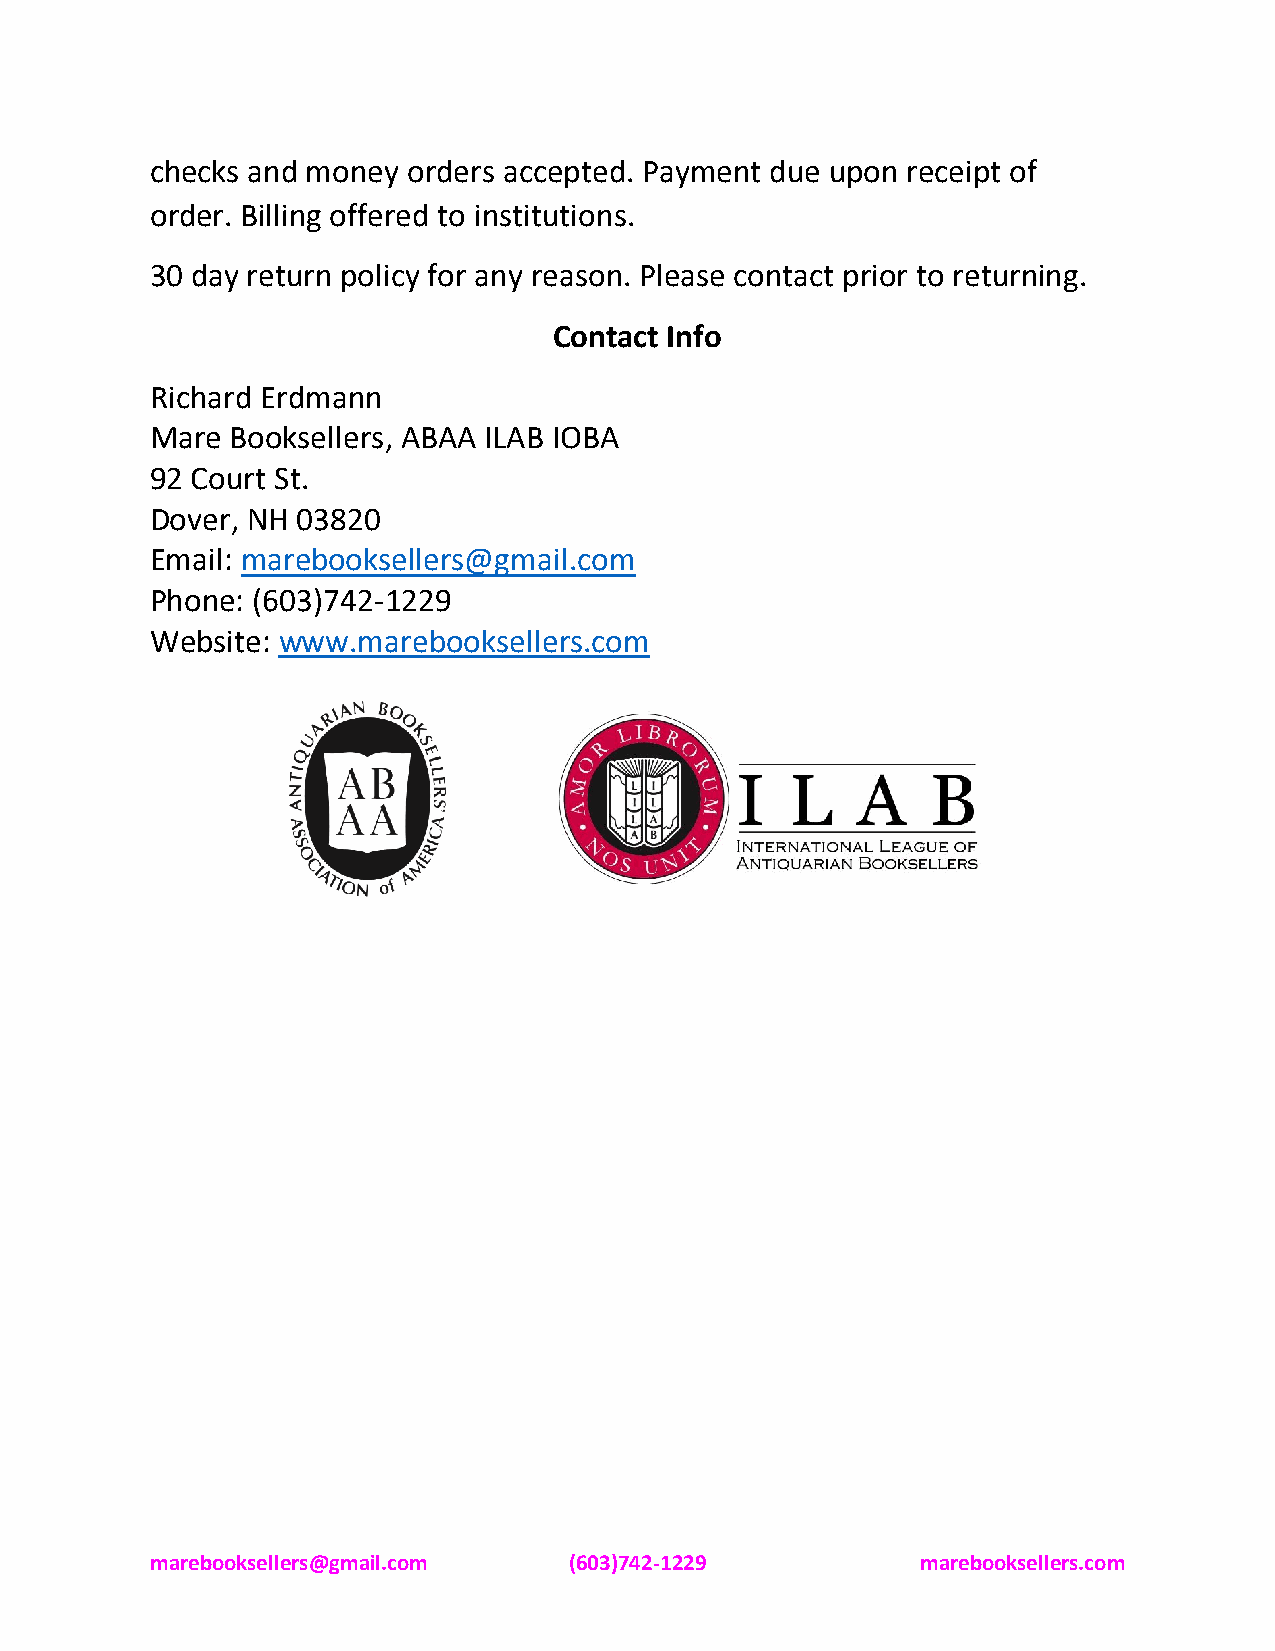
checks and money orders accepted. Payment due upon receipt of
 order. Billing offered to institutions.
 30 day return policy for any reason. Please contact prior to returning.
 Contact Info
 Richard Erdmann
 Mare Booksellers, ABAA ILAB IOBA
 92 Court St.
 Dover, NH 03820
 Email: marebooksellers@gmail.com
 Phone: (603)742-1229
 Website: www.marebooksellers.com
 marebooksellers@gmail.com   (603)742-1229          marebooksellers.com